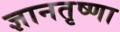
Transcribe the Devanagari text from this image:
ज्ञानतृष्णा